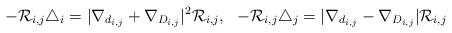
LaTeX: \begin{align*}-\mathcal{R}_{i,j}\triangle_i=|\nabla_{d_{i,j}}+\nabla_{D_{i,j}}|^2\mathcal{R}_{i,j},\,\,\,\,-\mathcal{R}_{i,j}\triangle_j=|\nabla_{d_{i,j}}-\nabla_{D_{i,j}}|\mathcal{R}_{i,j}\end{align*}